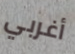
أغربي